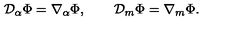
{ \cal D } _ { \alpha } \Phi = \nabla _ { \alpha } \Phi , \qquad { \cal D } _ { m } \Phi = \nabla _ { m } \Phi .